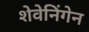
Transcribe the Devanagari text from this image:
शेवेनिंगेन